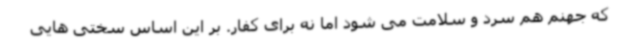
که جهنم هم سرد و سلامت می شود اما نه برای کفار. بر این اساس سختی هایی